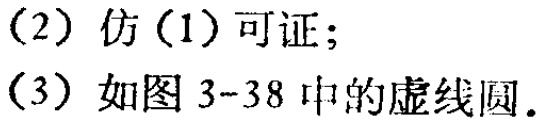
(2) 仿(1) 可证；
(3) 如图 3-38 中的虚线圆.